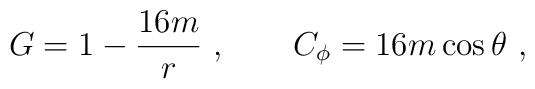
G=1-{16m\over r}\ ,\qquad C_\phi=16m\cos\theta\ ,